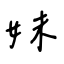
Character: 妹